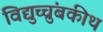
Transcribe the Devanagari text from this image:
विद्युच्चुंबकीथ